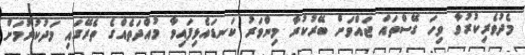
މެދުވެރިކުރުވާ ވިހަ ގޭސްތައް ޖައްވަށް ބޭރުކުރާ މިންވަރު ކަނޑައެޅިފައިވާ މުއްދަތެއްގެ ތެރޭގައި މަދުކުރުމަށް